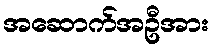
အဆောက်အဦအား